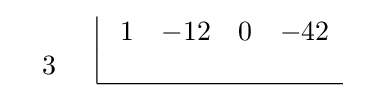
{\begin{array}{cc}{\begin{array}{r}\\3\\\end{array}}&{\begin{array}{|rrrr}\ 1&-12&0&-42\\&&&\\\hline \end{array}}\end{array}}